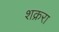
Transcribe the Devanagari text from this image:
शक्ररा